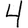
Digit: 4